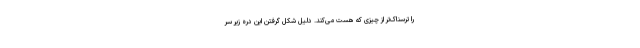
را ترسناک‌تر از چیزی که هست می‌کند. دلیل شکل گرفتن این دره زیر سر